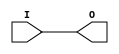
///////////////////////////////////////////////////////////////////////////////
// Copyright (c) 1995/2004 Xilinx, Inc.
// All Right Reserved.
///////////////////////////////////////////////////////////////////////////////
//   ____  ____
//  /   /\/   /
// /___/  \  /    Vendor : Xilinx
// \   \   \/     Version : 10.1
//  \   \         Description : Xilinx Functional Simulation Library Component
//  /   /                  Primary Global Buffer for Driving Clocks or Long Lines
// /___/   /\     Filename : BUFGP.v
// \   \  /  \    Timestamp : Thu Mar 25 16:42:14 PST 2004
//  \___\/\___\
//
// Revision:
//    03/23/04 - Initial version.
//    05/23/07 - Changed timescale to 1 ps / 1 ps.
//    12/13/11 - Added `celldefine and `endcelldefine (CR 524859).
// End Revision

`timescale  1 ps / 1 ps


`celldefine

module BUFGP (O, I);


`ifdef XIL_TIMING

    parameter LOC = " UNPLACED";

`endif


    output O;
    input  I;

    buf B1 (O, I);

`ifdef XIL_TIMING
    
    specify
        (I => O) = (0:0:0, 0:0:0);
        specparam PATHPULSE$ = 0;
    endspecify
    
`endif
    
endmodule

`endcelldefine